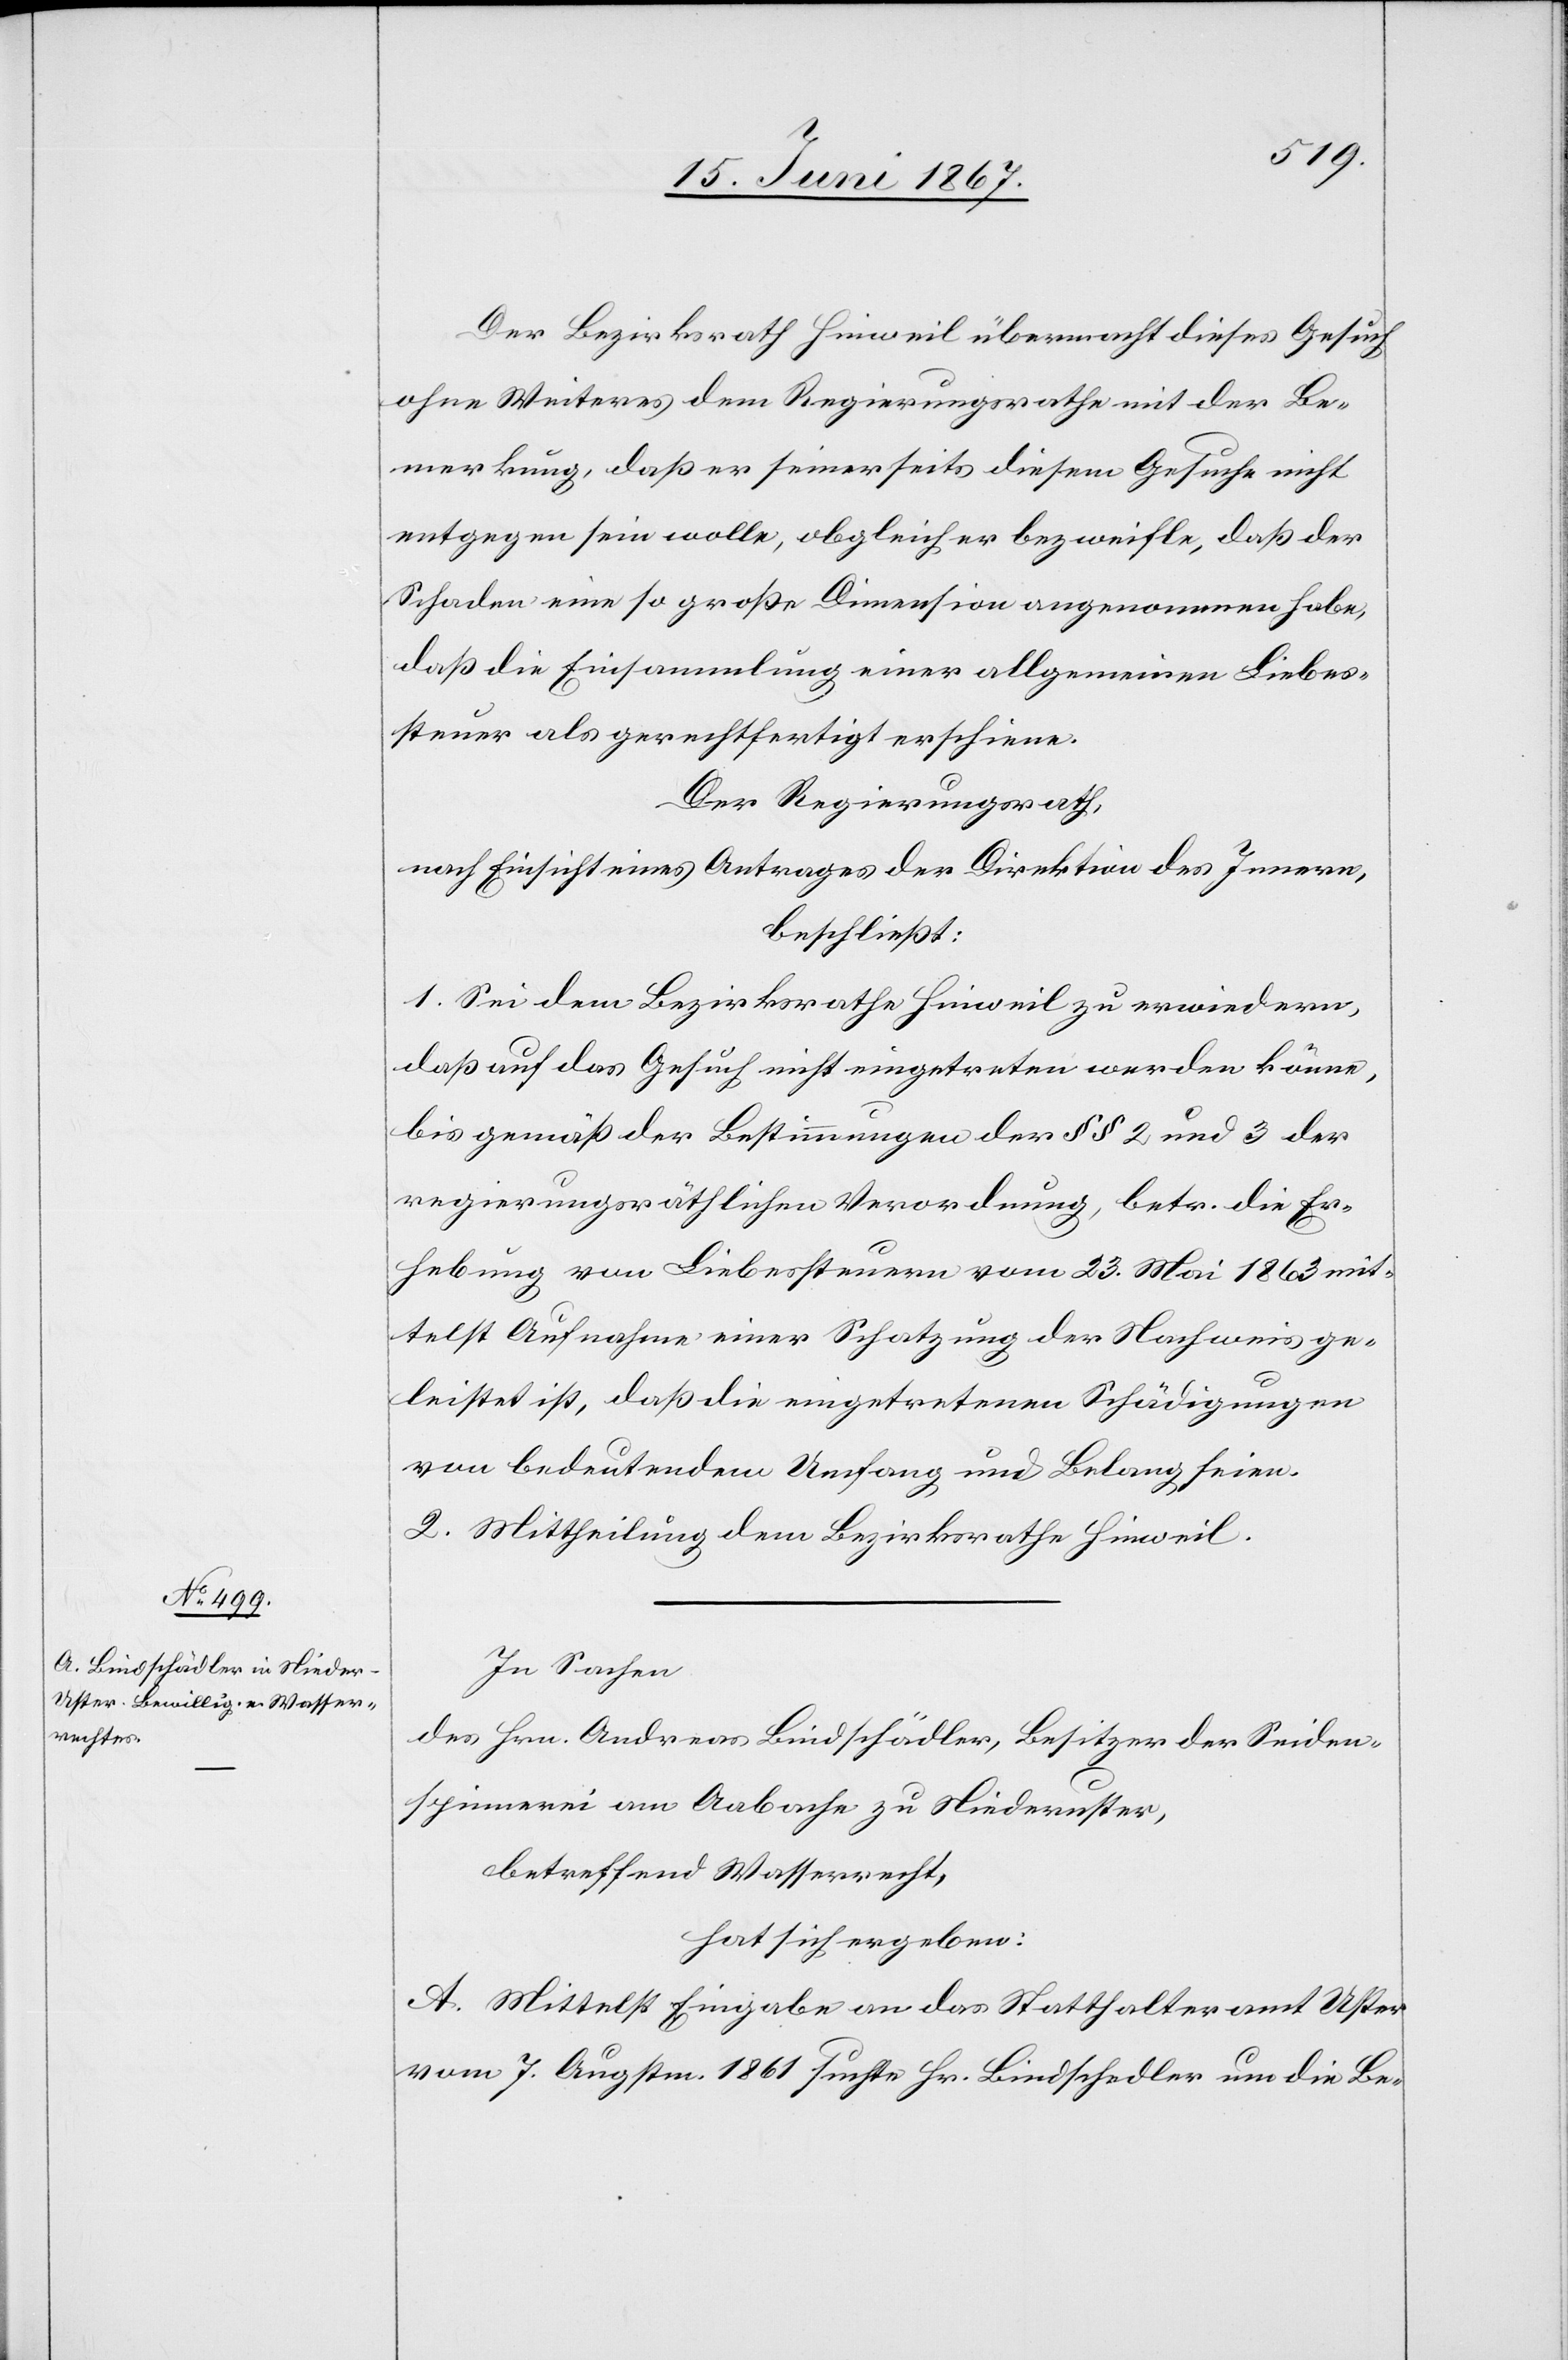
Der Bezirksrath Hinweil übermacht dieses Gesuch
ohne Weiteres dem Regierungsrathe mit der Be¬
merkung, daß er seinerseits diesem Gesuche nicht
entgegen sein wolle, obgleich er bezweifle, daß der
Schaden eine so große Dimension angenommen habe,
daß die Einsammlung einer allgemeinen Liebes¬
steuer als gerechtfertigt erscheine.
Der Regierungsrath,
nach Einsicht eines Antrages der Direktion des Innern,
beschließt:
1. Sei dem Bezirksrathe Hinweil zu erwiedern,
daß auf das Gesuch nicht eingetreten werden könne,
bis gemäß der Bestimmungen der §§ 2 und 3 der
regierungsräthlichen Verordnung, betr. die Er¬
hebung von Liebessteuern vom 23. Mai 1863 mit¬
telst Aufnahme einer Schatzung der Nachweis ge¬
leistet ist, daß die eingetretenen Schädigungen
von bedeutendem Umfang und Belang seien.
2. Mittheilung dem Bezirksrathe Hinweil.
In Sachen
des Hrn. Andreas Bindschädler, Besitzer der Seiden¬
spinnerei am Aabache zu Niederuster,
betreffend Wasserrecht,
hat sich ergeben:
A. Mittelst Eingabe an das Statthalteramt Uster
vom 7. Augstm. 1861 suchte Hr. Bindschedler [sic!] um die Be-